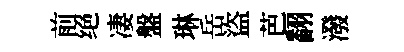
前绝凄盤琳岳盜芭翻潑